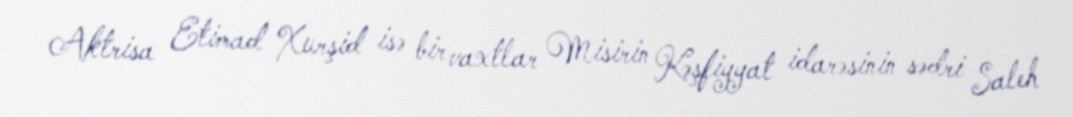
Aktrisa Etimad Xurşid isə bir vaxtlar Misirin Kəşfiyyat idarəsinin sədri Saleh